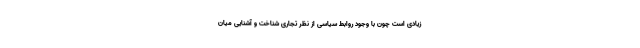
زیادی است چون با وجود روابط سیاسی از نظر تجاری شناخت و آشنایی میان